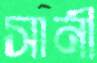
সানী